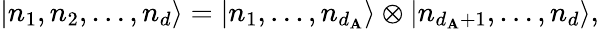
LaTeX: |n_{1},n_{2},\ldots,n_{d}\rangle=|n_{1},\ldots,n_{d_{\mathbf{A}}}\rangle\otimes|n_{d_{\mathbf{A}}+1},\ldots,n_{d}\rangle,